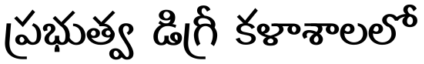
ప్రభుత్వ డిగ్రీ కళాశాలలో